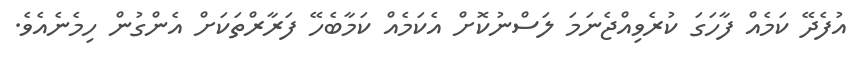
އުފެދޭ ކަމެއް ފާހަގަ ކުރެވިއްޖެނަމަ ލަސްނުކޮށް އެކަމެއް ކަމާބެހޭ ފަރާރްތަކަށް އެންގުން ހިމެނެއެވެ.